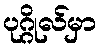
ပုဂ္ဂိုလ်မှာ